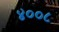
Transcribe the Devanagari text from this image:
४००८